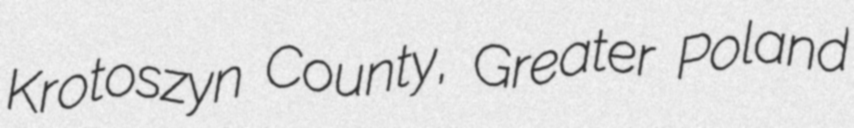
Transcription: Krotoszyn County, Greater Poland